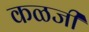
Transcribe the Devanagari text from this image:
कळजी